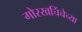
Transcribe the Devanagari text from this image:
गोरखचिंचेच्या